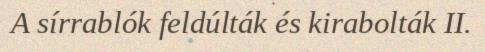
A sírrablók feldúlták és kirabolták II.